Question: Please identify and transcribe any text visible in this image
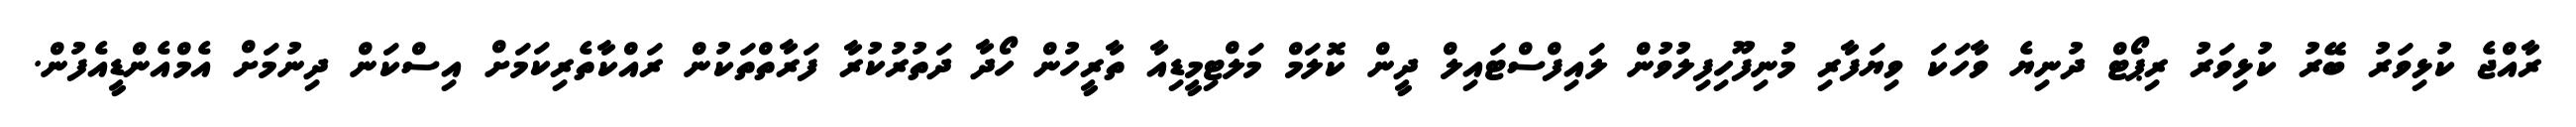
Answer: ރާއްޖެ ކުޅިވަރު ބޭރު ކުޅިވަރު ރިޕޯޓް ދުނިޔެ ވާހަކަ ވިޔަފާރި މުނިފޫހިފިލުވުން ލައިފްސްޓައިލް ދީން ކޮލަމް މަލްޓިމީޑިއާ ތާރީހުން ހޯދާ ދަތުރުކުރާ ފަރާތްތަކުން ރައްކާތެރިކަމަށް އިސްކަން ދިނުމަށް އެމްއެންޑީއެފުން.